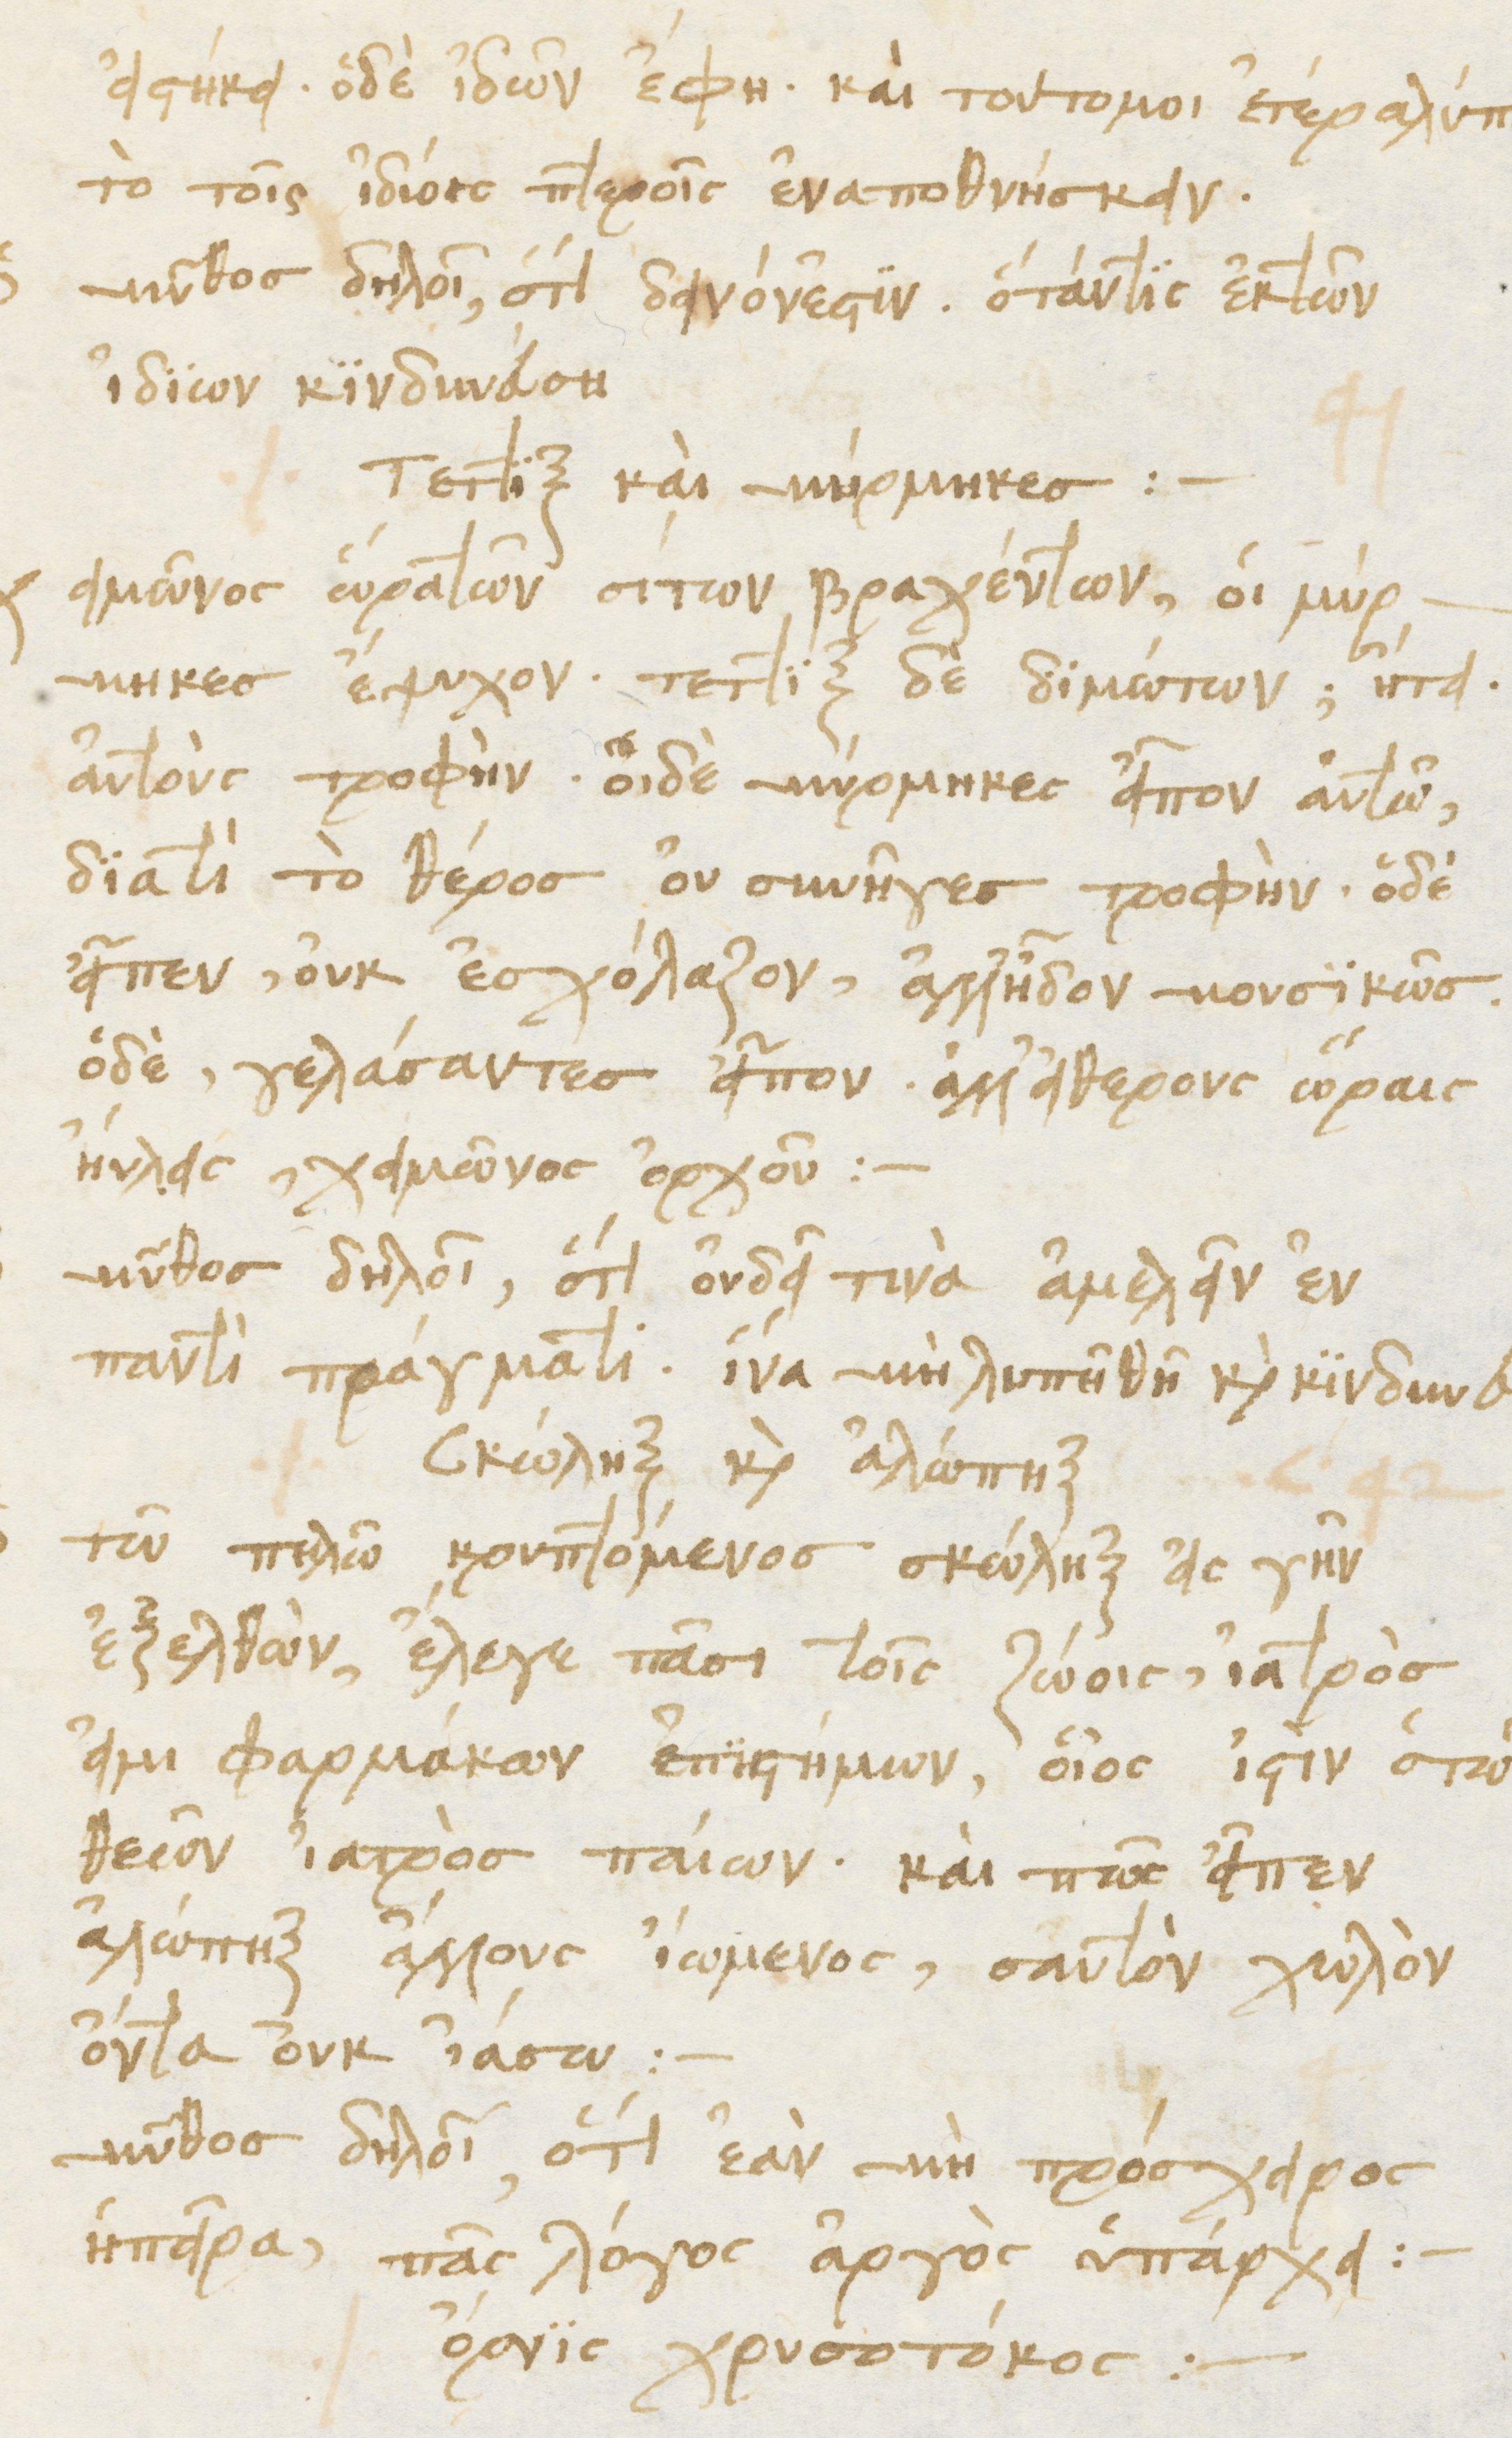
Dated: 1476–1506